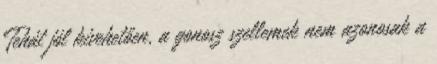
Tehát jól kivehetően, a gonosz szellemek nem azonosak a